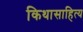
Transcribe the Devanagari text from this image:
किथासाहित्य